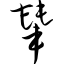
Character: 辇